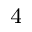
_ 4